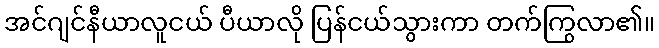
အင်ဂျင်နီယာလူငယ် ပီယာလို ပြန်ငယ်သွားကာ တက်ကြွလာ၏။